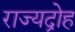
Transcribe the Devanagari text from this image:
राज्यद्रोह